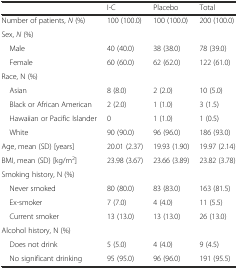
<table><thead><tr><td></td><td><b>I-C</b></td><td><b>Placebo</b></td><td><b>Total</b></td></tr></thead><tbody><tr><td>Number of patients, <i>N</i> (%)</td><td>100 (100.0)</td><td>100 (100.0)</td><td>200 (100.0)</td></tr><tr><td>Sex, <i>N</i> (%)</td><td></td><td></td><td></td></tr><tr><td> Male</td><td>40 (40.0)</td><td>38 (38.0)</td><td>78 (39.0)</td></tr><tr><td> Female</td><td>60 (60.0)</td><td>62 (62.0)</td><td>122 (61.0)</td></tr><tr><td>Race, N (%)</td><td></td><td></td><td></td></tr><tr><td> Asian</td><td>8 (8.0)</td><td>2 (2.0)</td><td>10 (5.0)</td></tr><tr><td> Black or African American</td><td>2 (2.0)</td><td>1 (1.0)</td><td>3 (1.5)</td></tr><tr><td> Hawaiian or Pacific Islander</td><td>0</td><td>1 (1.0)</td><td>1 (0.5)</td></tr><tr><td> White</td><td>90 (90.0)</td><td>96 (96.0)</td><td>186 (93.0)</td></tr><tr><td>Age, mean (SD) [years]</td><td>20.01 (2.37)</td><td>19.93 (1.90)</td><td>19.97 (2.14)</td></tr><tr><td>BMI, mean (SD) [kg/m<sup>2</sup>]</td><td>23.98 (3.67)</td><td>23.66 (3.89)</td><td>23.82 (3.78)</td></tr><tr><td>Smoking history, N (%)</td><td></td><td></td><td></td></tr><tr><td> Never smoked</td><td>80 (80.0)</td><td>83 (83.0)</td><td>163 (81.5)</td></tr><tr><td> Ex-smoker</td><td>7 (7.0)</td><td>4 (4.0)</td><td>11 (5.5)</td></tr><tr><td> Current smoker</td><td>13 (13.0)</td><td>13 (13.0)</td><td>26 (13.0)</td></tr><tr><td>Alcohol history, N (%)</td><td></td><td></td><td></td></tr><tr><td> Does not drink</td><td>5 (5.0)</td><td>4 (4.0)</td><td>9 (4.5)</td></tr><tr><td> No significant drinking</td><td>95 (95.0)</td><td>96 (96.0)</td><td>191 (95.5)</td></tr></tbody></table>